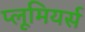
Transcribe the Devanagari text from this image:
प्लूमियर्स